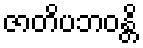
ဇာတိပဘဝန္တိ